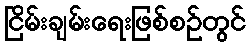
ငြိမ်းချမ်းရေးဖြစ်စဉ်တွင်